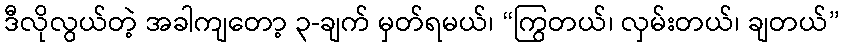
ဒီလိုလွယ်တဲ့ အခါကျတော့ ၃-ချက် မှတ်ရမယ်၊ “ကြွတယ်၊ လှမ်းတယ်၊ ချတယ်”